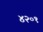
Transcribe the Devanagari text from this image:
४२०१